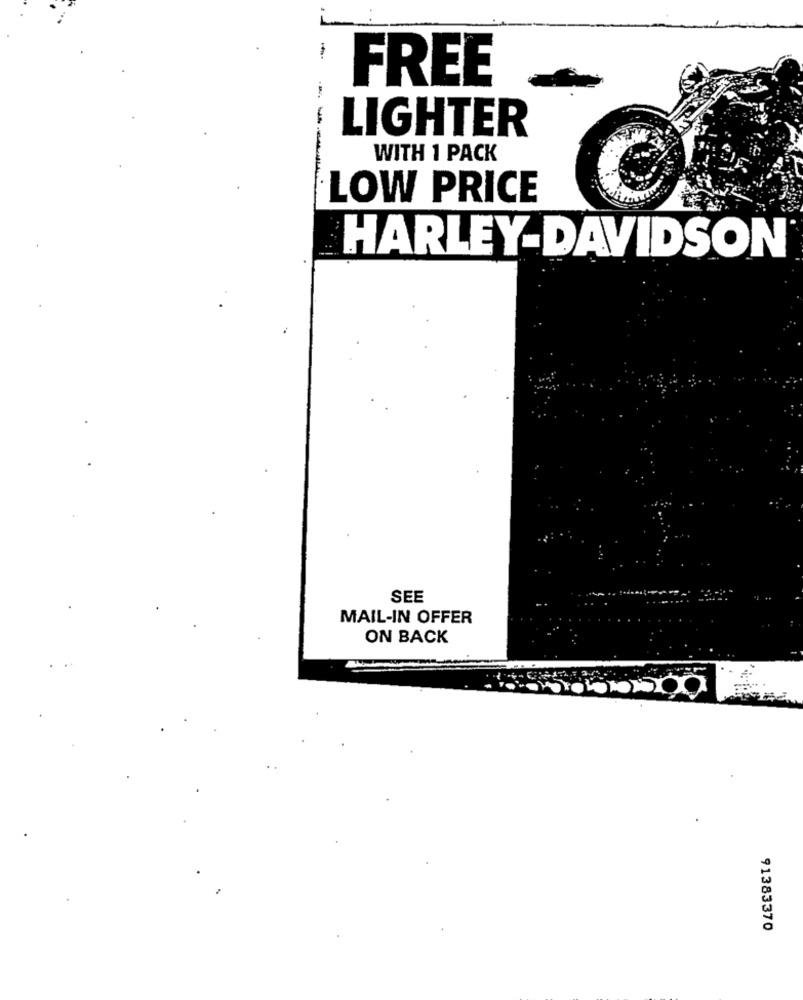
FREE
LIGHTER
WITH 1 PACK
---
LOW PRICE
HARLEY-DAVIDSON
SEE
MAIL-IN OFFER
ON BACK
91383370